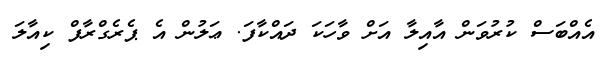
އެއްބަސް ކުރުވަން އާއިލާ އަށް ވާހަކަ ދައްކާފަ. ޢަލުން އެ ޕެރެގްރާފް ކިއާލަ